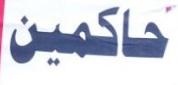
حاكمين